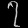
Digit: ၇